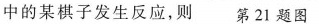
中的某棋子发生反应，则 第21题图